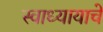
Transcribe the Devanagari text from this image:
स्वाध्यायाचे